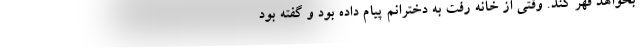
بخواهد قهر کند. وقتی از خانه رفت به دخترانم پیام داده بود و گفته بود